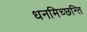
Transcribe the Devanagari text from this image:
धनमिच्छन्ति